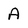
Character: A